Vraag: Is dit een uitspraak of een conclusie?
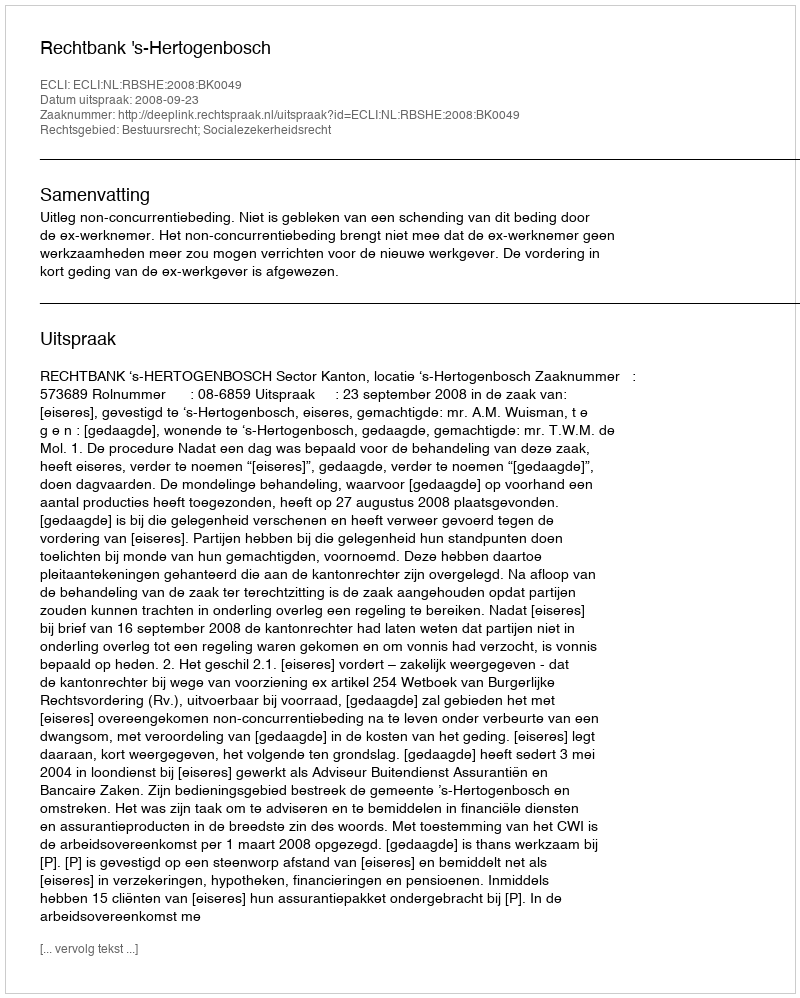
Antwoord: Uitspraak